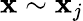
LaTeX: \mathbf{x}\sim\mathbf{x}_{j}